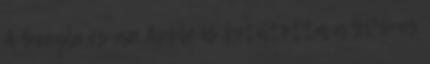
A Google és az Apple is betiltotta a GPS-es